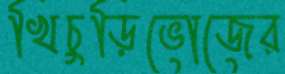
খিচুড়িভোজের